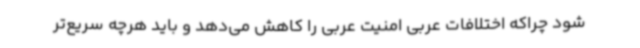
شود چراکه اختلافات عربی امنیت عربی را کاهش می‌دهد و باید هرچه سریع‌تر